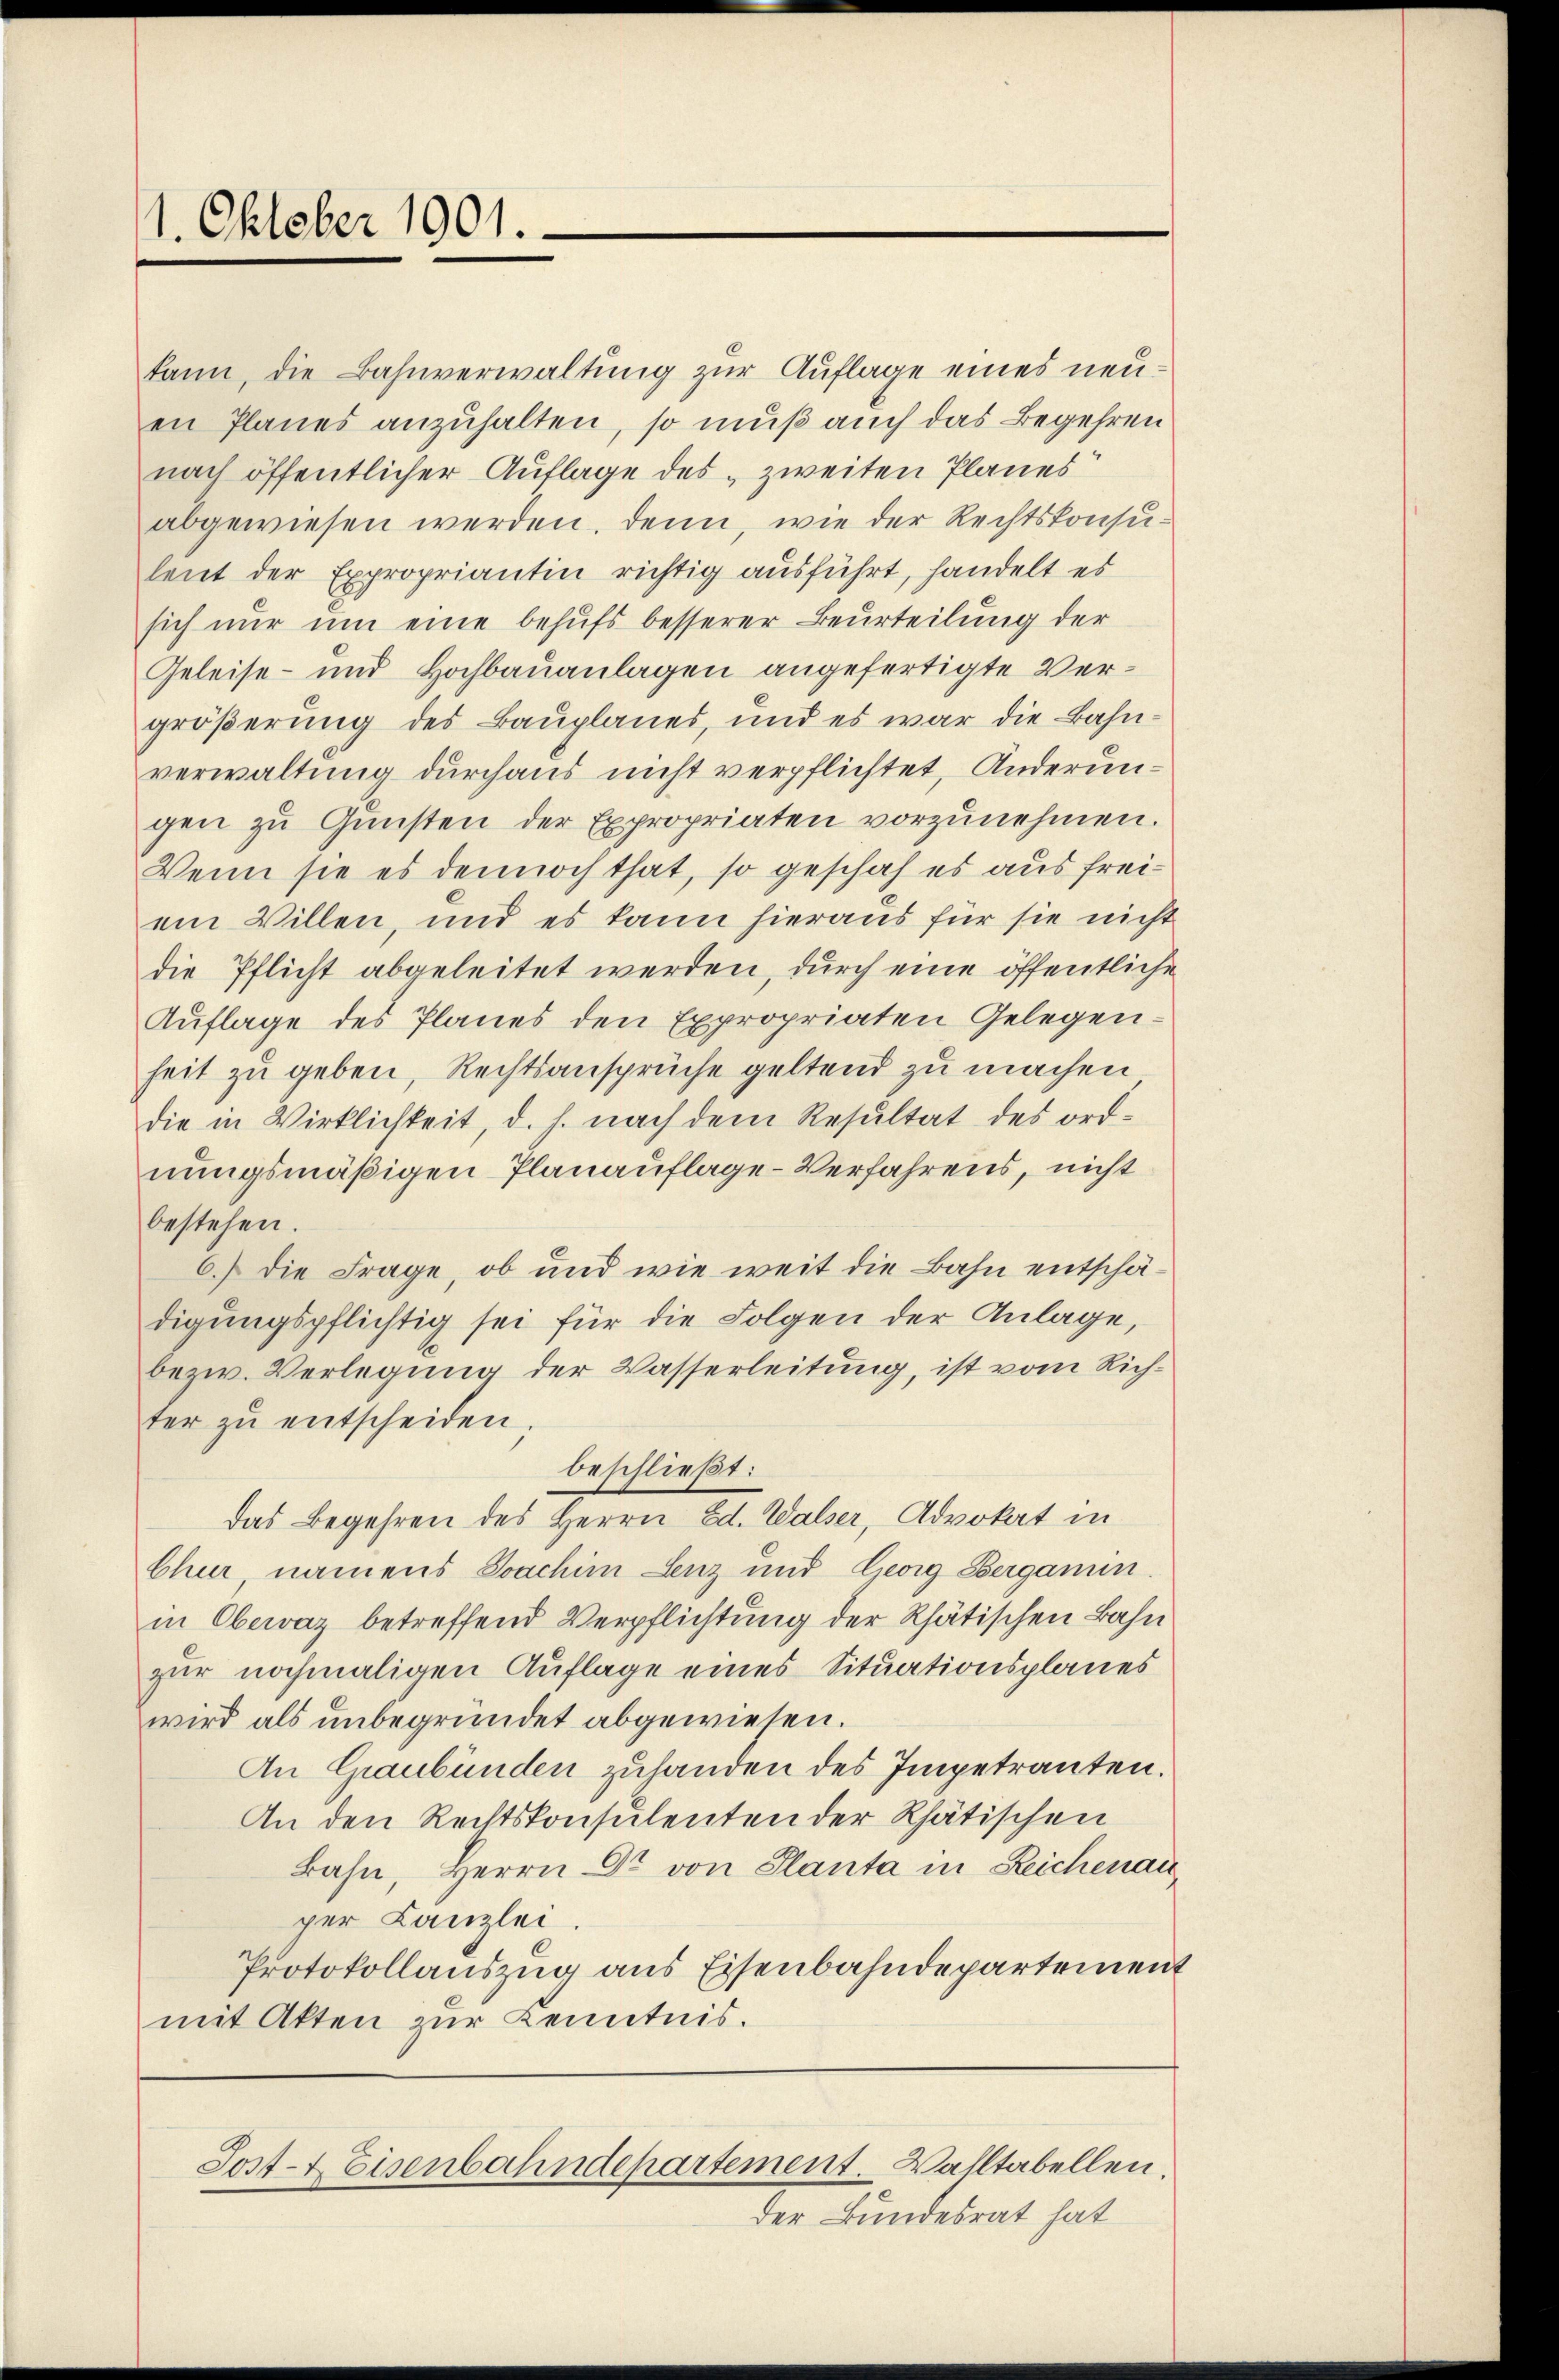
1. Oktober 1901.

kann, die Bahnverwaltung zur Auflage eines neuen Planes anzuhalten, so muß auch das Begehren
nach öffentlicher Auflage des „zweiten Planes
abgewiesen werden, denn, wie der Rechtskonsuleut der Expropriantin richtig ausführt, handelt es
sich nur um eine behufs besserer Beurteilung der
Geleise- und Hochbauanlagen angefertigte Vergrößerung des Bauplanes, und es war die Bahnverwaltung durchaus nicht verpflichtet, Anderungen zŭ Gŭnsten der Expropriaten vorzunehmen.
Wenn sie es dennoch that, so geschah es aus freiein Willen, und es kann hieraus für sie nicht
die Pflicht abgeleitet werden, durch eine öffentliche
Auflage des Planes den Expropriaten Gelegenheit zu geben, Rechtsansprüche geltend zu machen
die in Wirklichkeit, d. h. nach dem Resultat des ord-
nungsmäßigen Planauflage-Verfahrens, nicht
bestehen.
6.) die Frage, ob und wie weit die Bahn entschädigungspflichtig sei für die Folgen der Anlage,
bezw. Verlegung der Wasserleitung, ist vom Richter zŭ entscheiden.
beschließt:
das Begehren des Herrn Ed. Walser, Advokat in
Chur namens Joachim Lenz und Georg Bergann.
in Obervaz betreffend Verpflichtung der Rhätischen Bahn
zur nochmaligen Auflage eines Situationsplanes
wird als unbegründet abgewiesen.
An Graubünden zuhanden des Impetranten.
An den Rechtskonsulenten der Rhätischen
Bahn, Herrn Dr. von Planta in Reichenauger Kanzlei
Protokollauszug aus Eisenbahndepartement
mit Akten zur Kenntnis.

Sost- & Eisenbahndepartement. Walltabellen.
der Bundesrat hat